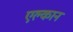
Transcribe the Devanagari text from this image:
एल्कान